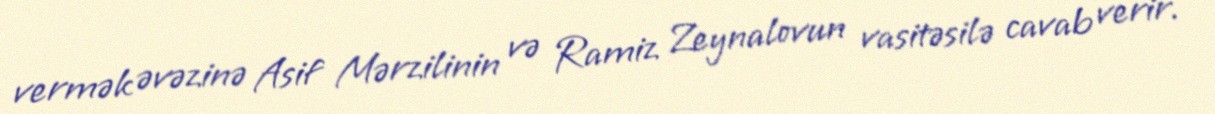
vermək əvəzinə Asif Mərzilinin və Ramiz Zeynalovun vasitəsilə cavab verir.